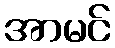
အာမင်